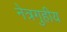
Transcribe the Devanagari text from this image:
नेत्रगुहीय